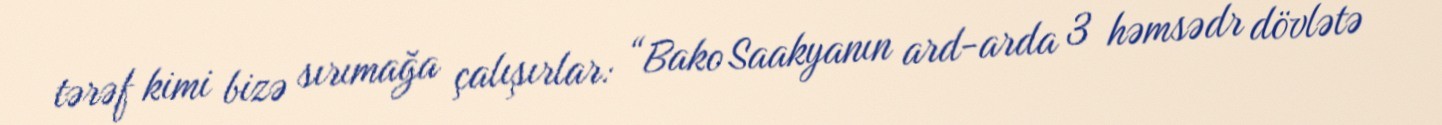
tərəf kimi bizə sırımağa çalışırlar: “Bako Saakyanın ard-arda 3 həmsədr dövlətə